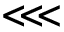
\lll